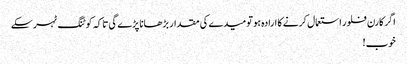
اگر کارن فلور استعمال کرنے کا ارادہ ہو تو میدے کی مقدار بڑھانا پڑے گی تاکہ کوٹنگ ٹہر سکے
خوب!